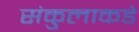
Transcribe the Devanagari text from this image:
संकुलाकडे